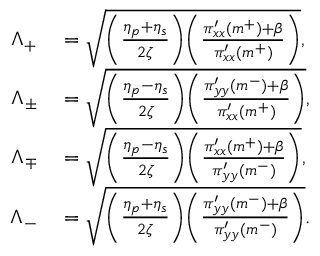
\begin{array} { r l } { \Lambda _ { + } } & { { } = \sqrt { \bigg ( \frac { \eta _ { p } + \eta _ { s } } { 2 \zeta } \bigg ) \bigg ( \frac { \pi _ { x x } ^ { \prime } ( m ^ { + } ) + \beta } { \pi _ { x x } ^ { \prime } ( m ^ { + } ) } \bigg ) } , } \\ { \Lambda _ { \pm } } & { { } = \sqrt { \bigg ( \frac { \eta _ { p } - \eta _ { s } } { 2 \zeta } \bigg ) \bigg ( \frac { \pi _ { y y } ^ { \prime } ( m ^ { - } ) + \beta } { \pi _ { x x } ^ { \prime } ( m ^ { + } ) } \bigg ) } , } \\ { \Lambda _ { \mp } } & { { } = \sqrt { \bigg ( \frac { \eta _ { p } - \eta _ { s } } { 2 \zeta } \bigg ) \bigg ( \frac { \pi _ { x x } ^ { \prime } ( m ^ { + } ) + \beta } { \pi _ { y y } ^ { \prime } ( m ^ { - } ) } \bigg ) } , } \\ { \Lambda _ { - } } & { { } = \sqrt { \bigg ( \frac { \eta _ { p } + \eta _ { s } } { 2 \zeta } \bigg ) \bigg ( \frac { \pi _ { y y } ^ { \prime } ( m ^ { - } ) + \beta } { \pi _ { y y } ^ { \prime } ( m ^ { - } ) } \bigg ) } . } \end{array}